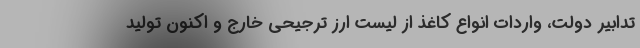
تدابیر دولت، واردات انواع کاغذ از لیست ارز ترجیحی خارج و اکنون تولید